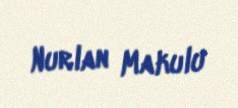
Nurlan Makulu